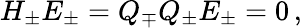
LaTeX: H_{\pm}E_{\pm}=Q_{\mp}Q_{\pm}E_{\pm}=0\, ,